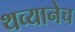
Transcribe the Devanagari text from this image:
थव्यानेच